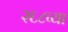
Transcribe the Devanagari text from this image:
२६८व्या